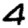
Digit: 4